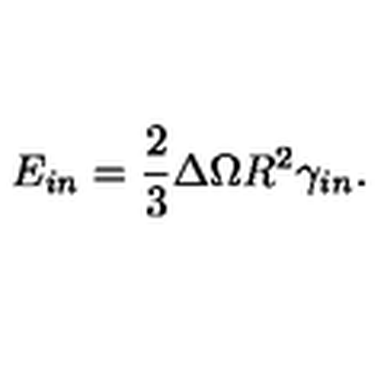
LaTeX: E _ { i n } = \frac { 2 } { 3 } \Delta \Omega R ^ { 2 } \gamma _ { i n } .